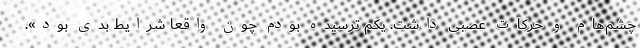
چشم‌هام و حرکات عصبی داشت. یکم ترسیده بودم چون واقعا شرایط بدی بود».